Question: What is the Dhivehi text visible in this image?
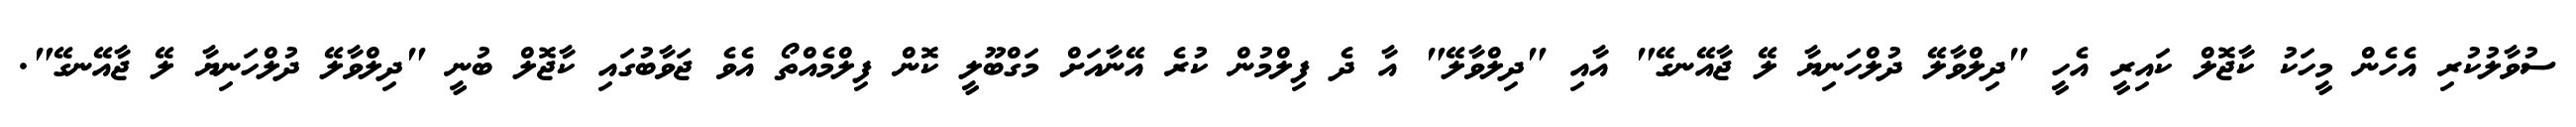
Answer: ސުވާލުކުރި އެހެން މީހަކު ކާޖޮލް ކައިރީ އެހީ "ދިލްވާލޭ ދުލްހަނިޔާ ލޭ ޖާއޭނގޭ" އާއި "ދިލްވާލޭ" އާ ދެ ފިލްމުން ކުރެ އޭނާއަށް މަގްބޫލީ ކޮން ފިލްމެއްތޯ އެވެ ޖަވާބުގައި ކާޖޮލް ބުނީ "ދިލްވާލޭ ދުލްހަނިޔާ ލޭ ޖާއޭނގޭ".